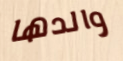
والدها